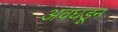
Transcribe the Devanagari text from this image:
अवघडून